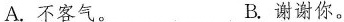
A.不客气。 B.谢谢你。